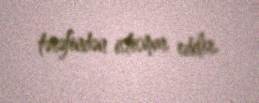
tərəfindən istismar edilir.